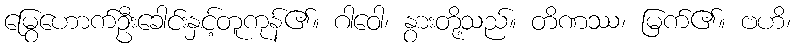
မြွေဟောက်ဦးခေါင်းနှင့်တူကုန်၏။ ဂါဝေါ၊ နွားတို့သည်။ တိဏဿ၊ မြက်၏။ ဗဟိ၊